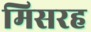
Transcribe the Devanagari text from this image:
मिसरह